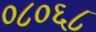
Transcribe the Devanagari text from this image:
०८०६८